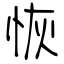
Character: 恢